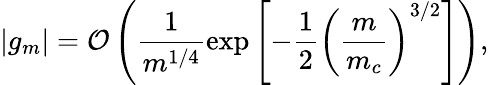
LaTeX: |g_{m}|=\mathcal{O}\left(\frac{1}{m^{1/4}}\exp\left[-\frac{1}{2}\left(\frac{m}{m_{c}}\right)^{3/2}\right]\right),